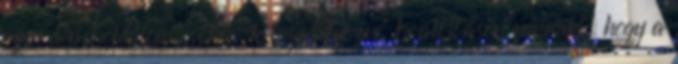
ezen a weboldalon "cookie-k engedélyezve" beállításon vannak, hogy a